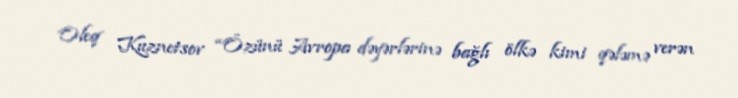
Oleq Kuznetsov “Özünü Avropa dəyərlərinə bağlı ölkə kimi qələmə verən